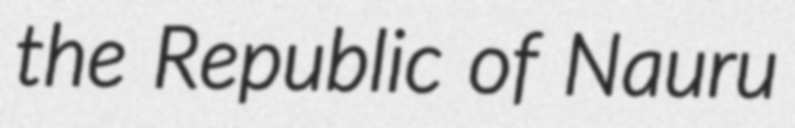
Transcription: the Republic of Nauru